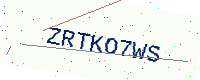
Text: ZRTKO7WS